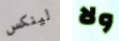
لينكس ولا